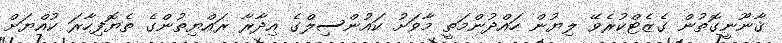
ޤާނޫނީގޮތުން ގެޒެޓްކުރެވޭ ލިޔުން ހައްދުންމަތީ މާވަށު ކައުންސިލްގެ އިދާރާ ރައްޔިތުންގެ ތެޔޮފިހާރަ ކުއްޔަށް